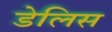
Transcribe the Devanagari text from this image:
डेलिस